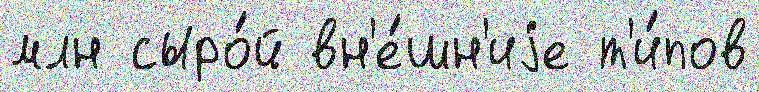
млн сыро́й вн'е́шн'иjе т'и́пов